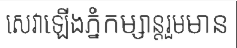
សេវាឡើងភ្នំកម្សាន្តរួមមាន